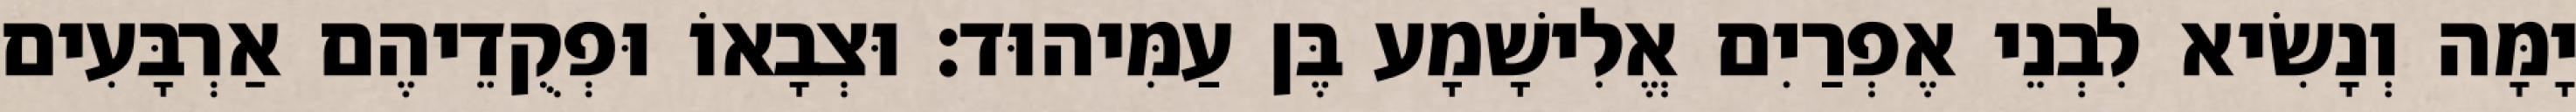
יָמָּה וְנָשִׂיא לִבְנֵי אֶפְרַיִם אֱלִישָׁמָע בֶּן עַמִּיהוּד׃ וּצְבָאוֹ וּפְקֻדֵיהֶם אַרְבָּעִים